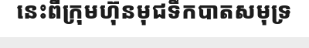
នេះពីក្រុមហ៊ុនមុជទឹកបាតសមុទ្រ